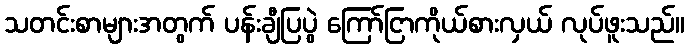
သတင်းစာများအတွက် ပန်းချီပြပွဲ ကြော်ငြာကိုယ်စားလှယ် လုပ်ဖူးသည်။